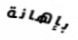
بإهانة